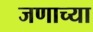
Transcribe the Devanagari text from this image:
जणाच्या